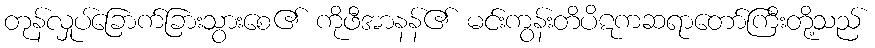
တုန်လှုပ်ခြောက်ခြားသွားစေ၏ ကိုဖီအာနန်၏ မင်းကွန်းတိပိဋကဆရာတော်ကြီးတို့သည်